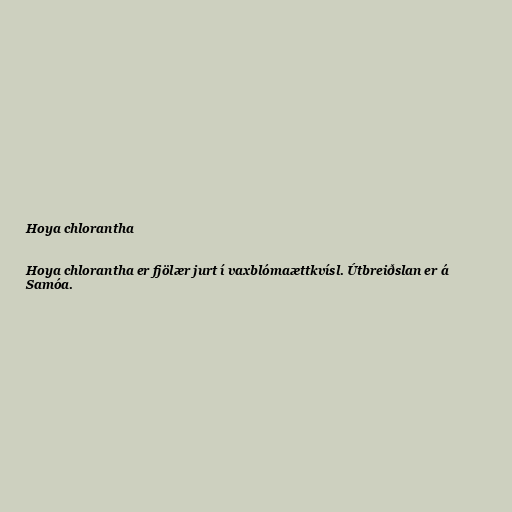
Hoya chlorantha

Hoya chlorantha er fjölær jurt í vaxblómaættkvísl. Útbreiðslan er á
Samóa.